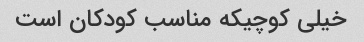
خیلی کوچیکه مناسب کودکان است